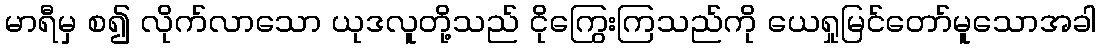
မာရီမှ စ၍ လိုက်လာသော ယုဒလူတို့သည် ငိုကြွေးကြသည်ကို ယေရှုမြင်တော်မူသောအခါ